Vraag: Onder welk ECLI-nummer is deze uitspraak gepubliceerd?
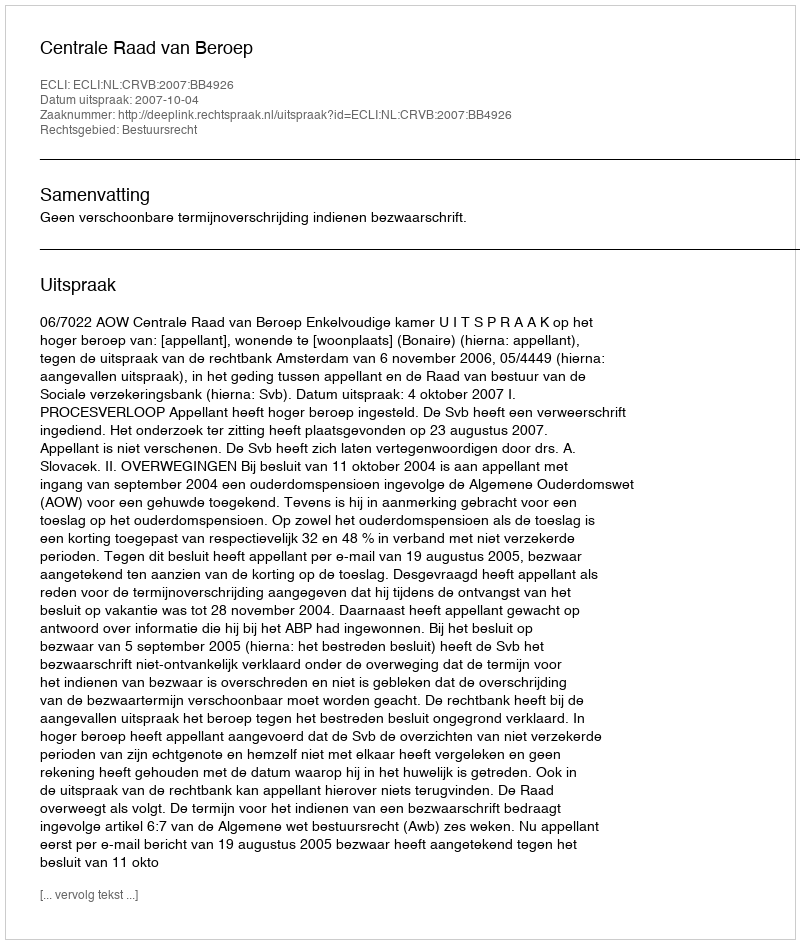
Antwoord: ECLI:NL:CRVB:2007:BB4926